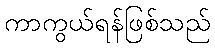
ကာကွယ်ရန်ဖြစ်သည်